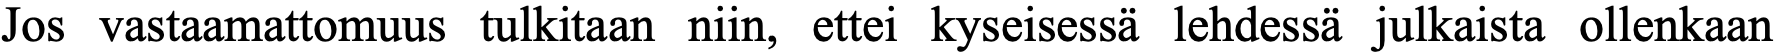
Jos vastaamattomuus tulkitaan niin, ettei kyseisessä lehdessä julkaista ollenkaan